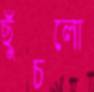
ছুঁচলো